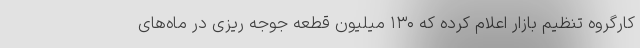
کارگروه تنظیم بازار اعلام کرده که ۱۳۰ میلیون قطعه جوجه ریزی در ماه‌های